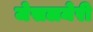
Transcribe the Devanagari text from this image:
जेसलमेरी